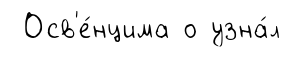
Осв'е́нцима о узна́л